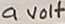
Text: 9Volt